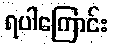
ရပါကြောင်း